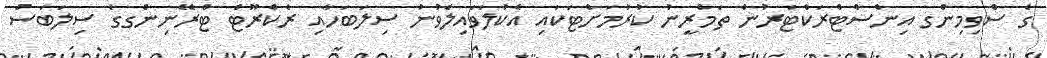
ގެ ސްވިމިންގ އިންސްޓްރަކްޓަރުން ތަމްރީނު ކުރުމަށްޓަކައި އެކުލަވައިލެވުނު ސިލަބަހާއި ރެކްރޫޓް ޓްރޭނިންގގެ ސިލަބަސް